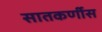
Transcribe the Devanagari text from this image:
सातकर्णीस